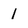
Character: l